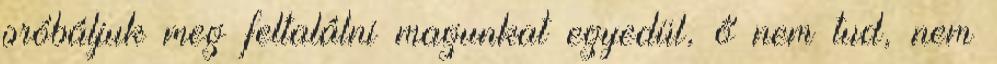
próbáljuk meg feltalálni magunkat egyedül, ő nem tud, nem